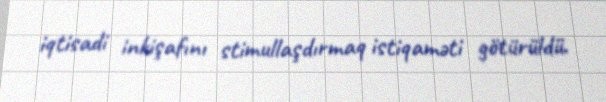
iqtisadi inkişafını stimullaşdırmaq istiqaməti götürüldü.